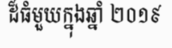
ដ៏ធំមួយក្នុងឆ្នាំ ២០១៩